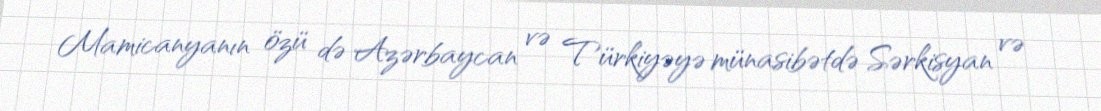
Mamicanyanın özü də Azərbaycan və Türkiyəyə münasibətdə Sərkisyan və